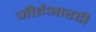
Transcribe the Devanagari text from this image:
जीईआरडी